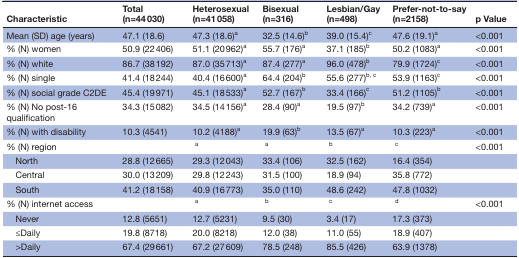
<table><thead><tr><td><b>Characteristic</b></td><td><b>Total (n=44 030)</b></td><td><b>Heterosexual (n=41 058)</b></td><td><b>Bisexual (n=316)</b></td><td><b>Lesbian/Gay (n=498)</b></td><td><b>Prefer-not-to-say (n=2158)</b></td><td><b>p Value</b></td></tr></thead><tbody><tr><td>Mean (SD) age (years)</td><td>47.1 (18.6)</td><td>47.3 (18.6)<sup>a</sup></td><td>32.5 (14.6)<sup>b</sup></td><td>39.0 (15.4)<sup>c</sup></td><td>47.6 (19.1)<sup>a</sup></td><td>&lt;0.001</td></tr><tr><td>% (N) women</td><td>50.9 (22 406)</td><td>51.1 (20 962)<sup>a</sup></td><td>55.7 (176)<sup>a</sup></td><td>37.1 (185)<sup>b</sup></td><td>50.2 (1083)<sup>a</sup></td><td>&lt;0.001</td></tr><tr><td>% (N) white</td><td>86.7 (38 192)</td><td>87.0 (35 713)<sup>a</sup></td><td>87.4 (277)<sup>a</sup></td><td>96.0 (478)<sup>b</sup></td><td>79.9 (1724)<sup>c</sup></td><td>&lt;0.001</td></tr><tr><td>% (N) single</td><td>41.4 (18 244)</td><td>40.4 (16 600)<sup>a</sup></td><td>64.4 (204)<sup>b</sup></td><td>55.6 (277)<sup>b, c</sup></td><td>53.9 (1163)<sup>c</sup></td><td>&lt;0.001</td></tr><tr><td>% (N) social grade C2DE</td><td>45.4 (19 971)</td><td>45.1 (18 533)<sup>a</sup></td><td>52.7 (167)<sup>b</sup></td><td>33.4 (166)<sup>c</sup></td><td>51.2 (1105)<sup>b</sup></td><td>&lt;0.001</td></tr><tr><td>% (N) No post-16 qualification</td><td>34.3 (15 082)</td><td>34.5 (14 156)<sup>a</sup></td><td>28.4 (90)<sup>a</sup></td><td>19.5 (97)<sup>b</sup></td><td>34.2 (739)<sup>a</sup></td><td>&lt;0.001</td></tr><tr><td>% (N) with disability</td><td>10.3 (4541)</td><td>10.2 (4188)<sup>a</sup></td><td>19.9 (63)<sup>b</sup></td><td>13.5 (67)<sup>a</sup></td><td>10.3 (223)<sup>a</sup></td><td>&lt;0.001</td></tr><tr><td>% (N) region</td><td></td><td><sup>a</sup></td><td><sup>a</sup></td><td><sup>b</sup></td><td><sup>c</sup></td><td>&lt;0.001</td></tr><tr><td> North</td><td>28.8 (12 665)</td><td>29.3 (12 043)</td><td>33.4 (106)</td><td>32.5 (162)</td><td>16.4 (354)</td><td></td></tr><tr><td> Central</td><td>30.0 (13 209)</td><td>29.8 (12 243)</td><td>31.5 (100)</td><td>18.9 (94)</td><td>35.8 (772)</td><td></td></tr><tr><td> South</td><td>41.2 (18 158)</td><td>40.9 (16 773)</td><td>35.0 (110)</td><td>48.6 (242)</td><td>47.8 (1032)</td><td></td></tr><tr><td>% (N) internet access</td><td></td><td><sup>a</sup></td><td><sup>b</sup></td><td><sup>c</sup></td><td><sup>d</sup></td><td>&lt;0.001</td></tr><tr><td> Never</td><td>12.8 (5651)</td><td>12.7 (5231)</td><td>9.5 (30)</td><td>3.4 (17)</td><td>17.3 (373)</td><td></td></tr><tr><td> ≤Daily</td><td>19.8 (8718)</td><td>20.0 (8218)</td><td>12.0 (38)</td><td>11.0 (55)</td><td>18.9 (407)</td><td></td></tr><tr><td> &gt;Daily</td><td>67.4 (29 661)</td><td>67.2 (27 609)</td><td>78.5 (248)</td><td>85.5 (426)</td><td>63.9 (1378)</td><td></td></tr></tbody></table>